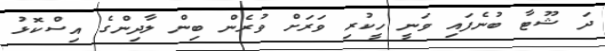
ދަ ޝޫޓާ ބުނެފައި ވަނީ ހީކުރި ވަރަށް ވުރެން ބިން ލާދިންގެ އިސްކޮޅު